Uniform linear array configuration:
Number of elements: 48
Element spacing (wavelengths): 0.5
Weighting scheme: binomial
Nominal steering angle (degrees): -45
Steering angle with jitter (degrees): -46.804
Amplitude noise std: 0.05
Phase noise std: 0.05

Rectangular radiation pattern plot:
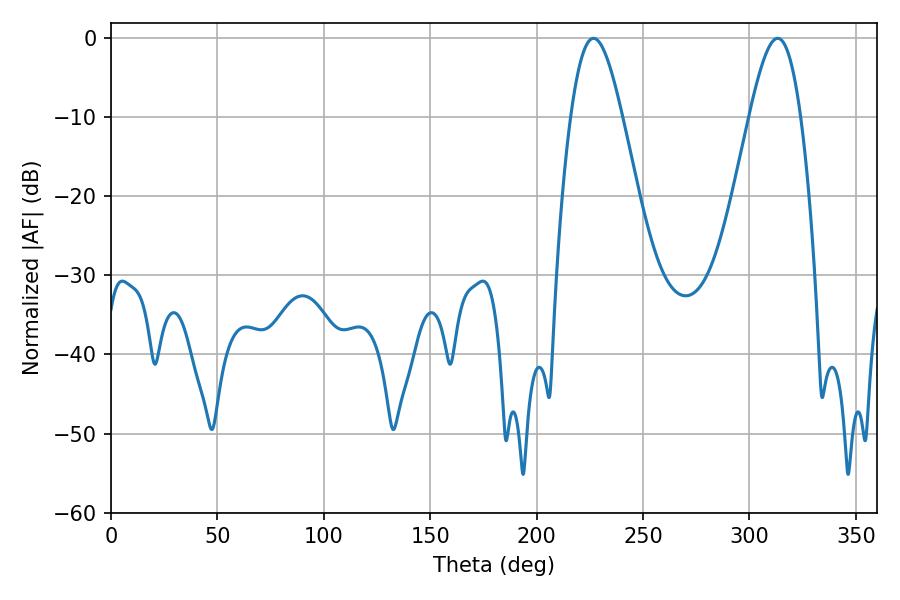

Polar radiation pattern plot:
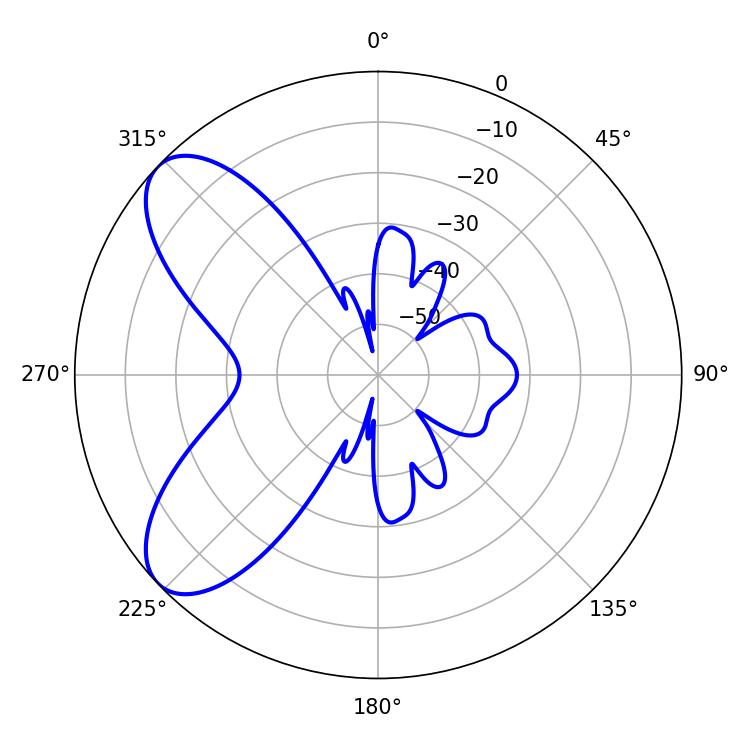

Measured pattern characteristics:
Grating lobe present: FALSE
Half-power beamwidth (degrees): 12.96
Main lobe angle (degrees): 226.8